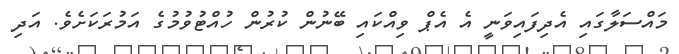
މައްސަލާގައި އެދިފައިވަނީ އެ އެޕް ވިއްކައި ބޭނުން ކުރުން ހުއްޓުވުމުގެ އަމުރަކަށެވެ. އަދި